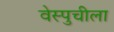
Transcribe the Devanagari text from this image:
वेस्पुचीला